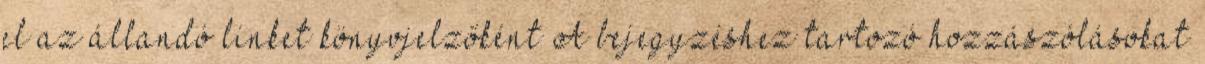
el az állandó linket könyvjelzőként A bejegyzéshez tartozó hozzászólásokat